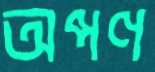
অপণ